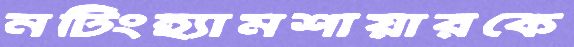
নটিংহ্যামশায়ারকে